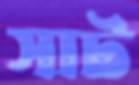
সাট